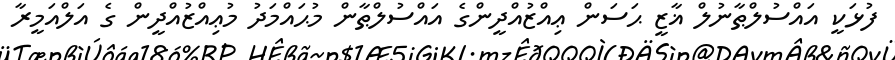
ފުޅަކީ އައްސުލްޠާނުލް ޣާޒީ ޙަސަން ޢިއްޒުއްދީންގެ އައްސުލްޠާން މުޙައްމަދު މުޢިއްޒުއްދީން ގެ އަލްއަމީރާ